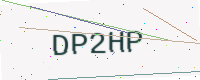
Text: DP2HP